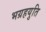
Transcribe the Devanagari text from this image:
भग्रहयुति